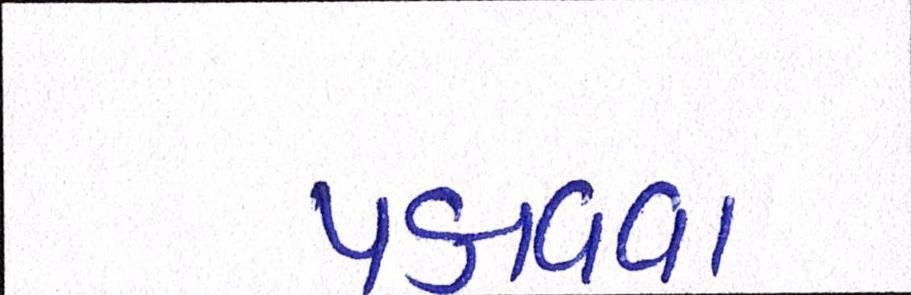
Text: પકાવવા